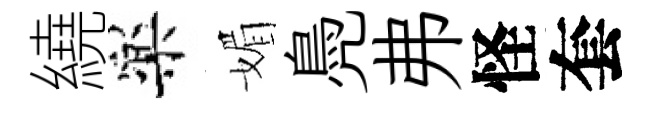
繞樂媚鳧弗怪套